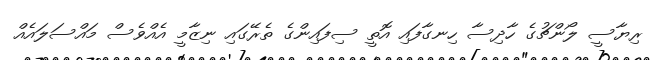
ރިޔާސީ ލޯންޗުގެ ހާދިސާ ހިނގާފައި އޮތީ ސިފައިންގެ ތެރޭގައި ނިޒާމީ އެއްވެސް މައްސަލައެއް